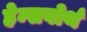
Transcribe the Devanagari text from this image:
हेम्सवोर्थ